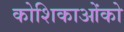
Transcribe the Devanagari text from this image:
कोशिकाओंको